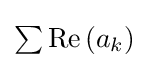
{\textstyle \sum \operatorname {Re} \left(a_{k}\right)}